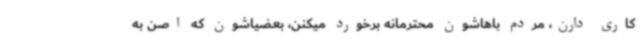
کاری دارن، مردم باهاشون محترمانه برخورد میکنن، بعضیاشون که اصن به